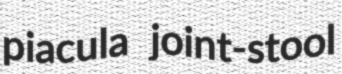
piacula joint-stool